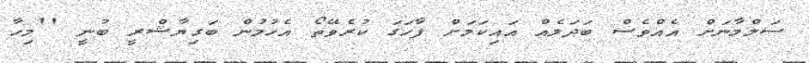
ސަލްމާނަށް އެއްވެސް ބަދަލެއް އައިކަމަށް ފާހަގަ ކުރެވޭތޯ އެހުމުން ބަގިޔާޝްރީ ބުނީ ''މިހާ